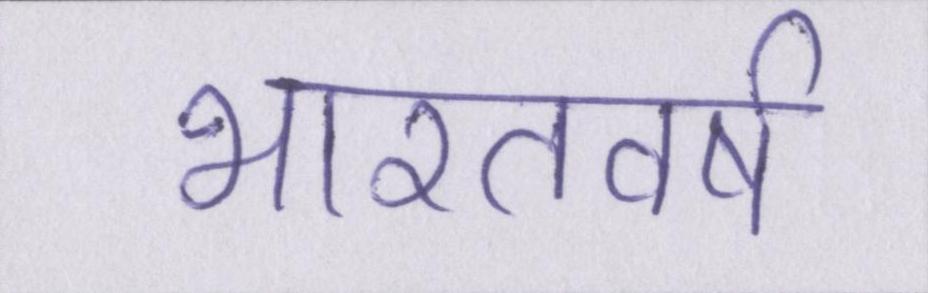
भारतवर्ष